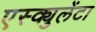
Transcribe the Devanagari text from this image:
एस्क्युलेंटा